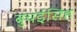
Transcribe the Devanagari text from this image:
बुचईसिंह